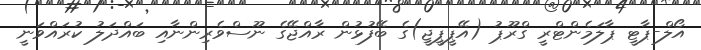
އޯލް-ޕާޓީ ޕާލަމެންޓްރީ ގްރޫޕު (އޭޕީޕީޖީ)ގެ ބޭފުޅުން ރާއްޖޭގެ ނޫސްވެރިންނާއި ބައްދަލު ކުރައްވަނީ